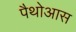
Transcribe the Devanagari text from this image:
पैथोआस